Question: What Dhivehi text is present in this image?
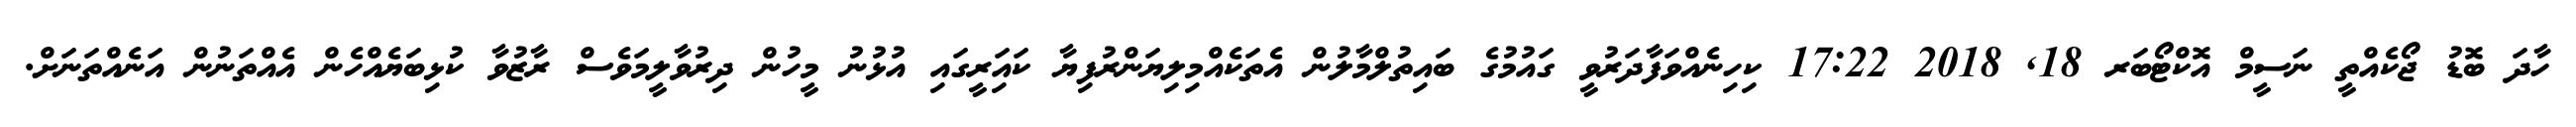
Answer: ހާދަ ބޮޑު ޖޯކެއްތީ ނަސީމް އޮކްޓޯބަރ 18, 2018 17:22 ކިހިނެއްވަފާދަރުވީ ގައުމުގެ ބައިތުލްމާލުން އެތަކެއްމިލިޔަންރުފިޔާ ކައަިރީގައި އުޅުނު މީހުން ދިރުވާލީމަވެސް ރާޒުވާ ކުޅިބަޔެއްހެން އެއްތަނުން އަނެއްތަނަށް.